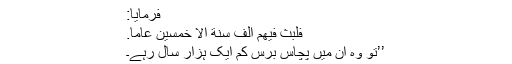
فرمایا:
فَلَبِثَ فِیْهِمْ اَلْفَ سَنَةٍ اِلَّا خَمْسِیْنَ عَامًا.
’’تو وہ ان میں پچاس برس کم ایک ہزار سال رہے۔